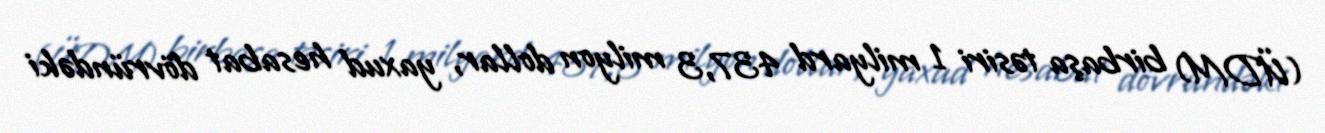
(ÜDM) birbaşa təsiri 1 milyard 437,3 milyon dollar, yaxud hesabat dövründəki